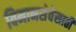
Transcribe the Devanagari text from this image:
विमानसेवेसाठी